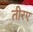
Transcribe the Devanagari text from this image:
तीरए